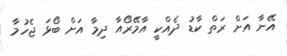
އޭނާ އަށް ރަތް ކާޑު ދެއްކީ އާމޭރޯއާ ދިމާ އަށް ބޯޅަ ޖެހުމާ